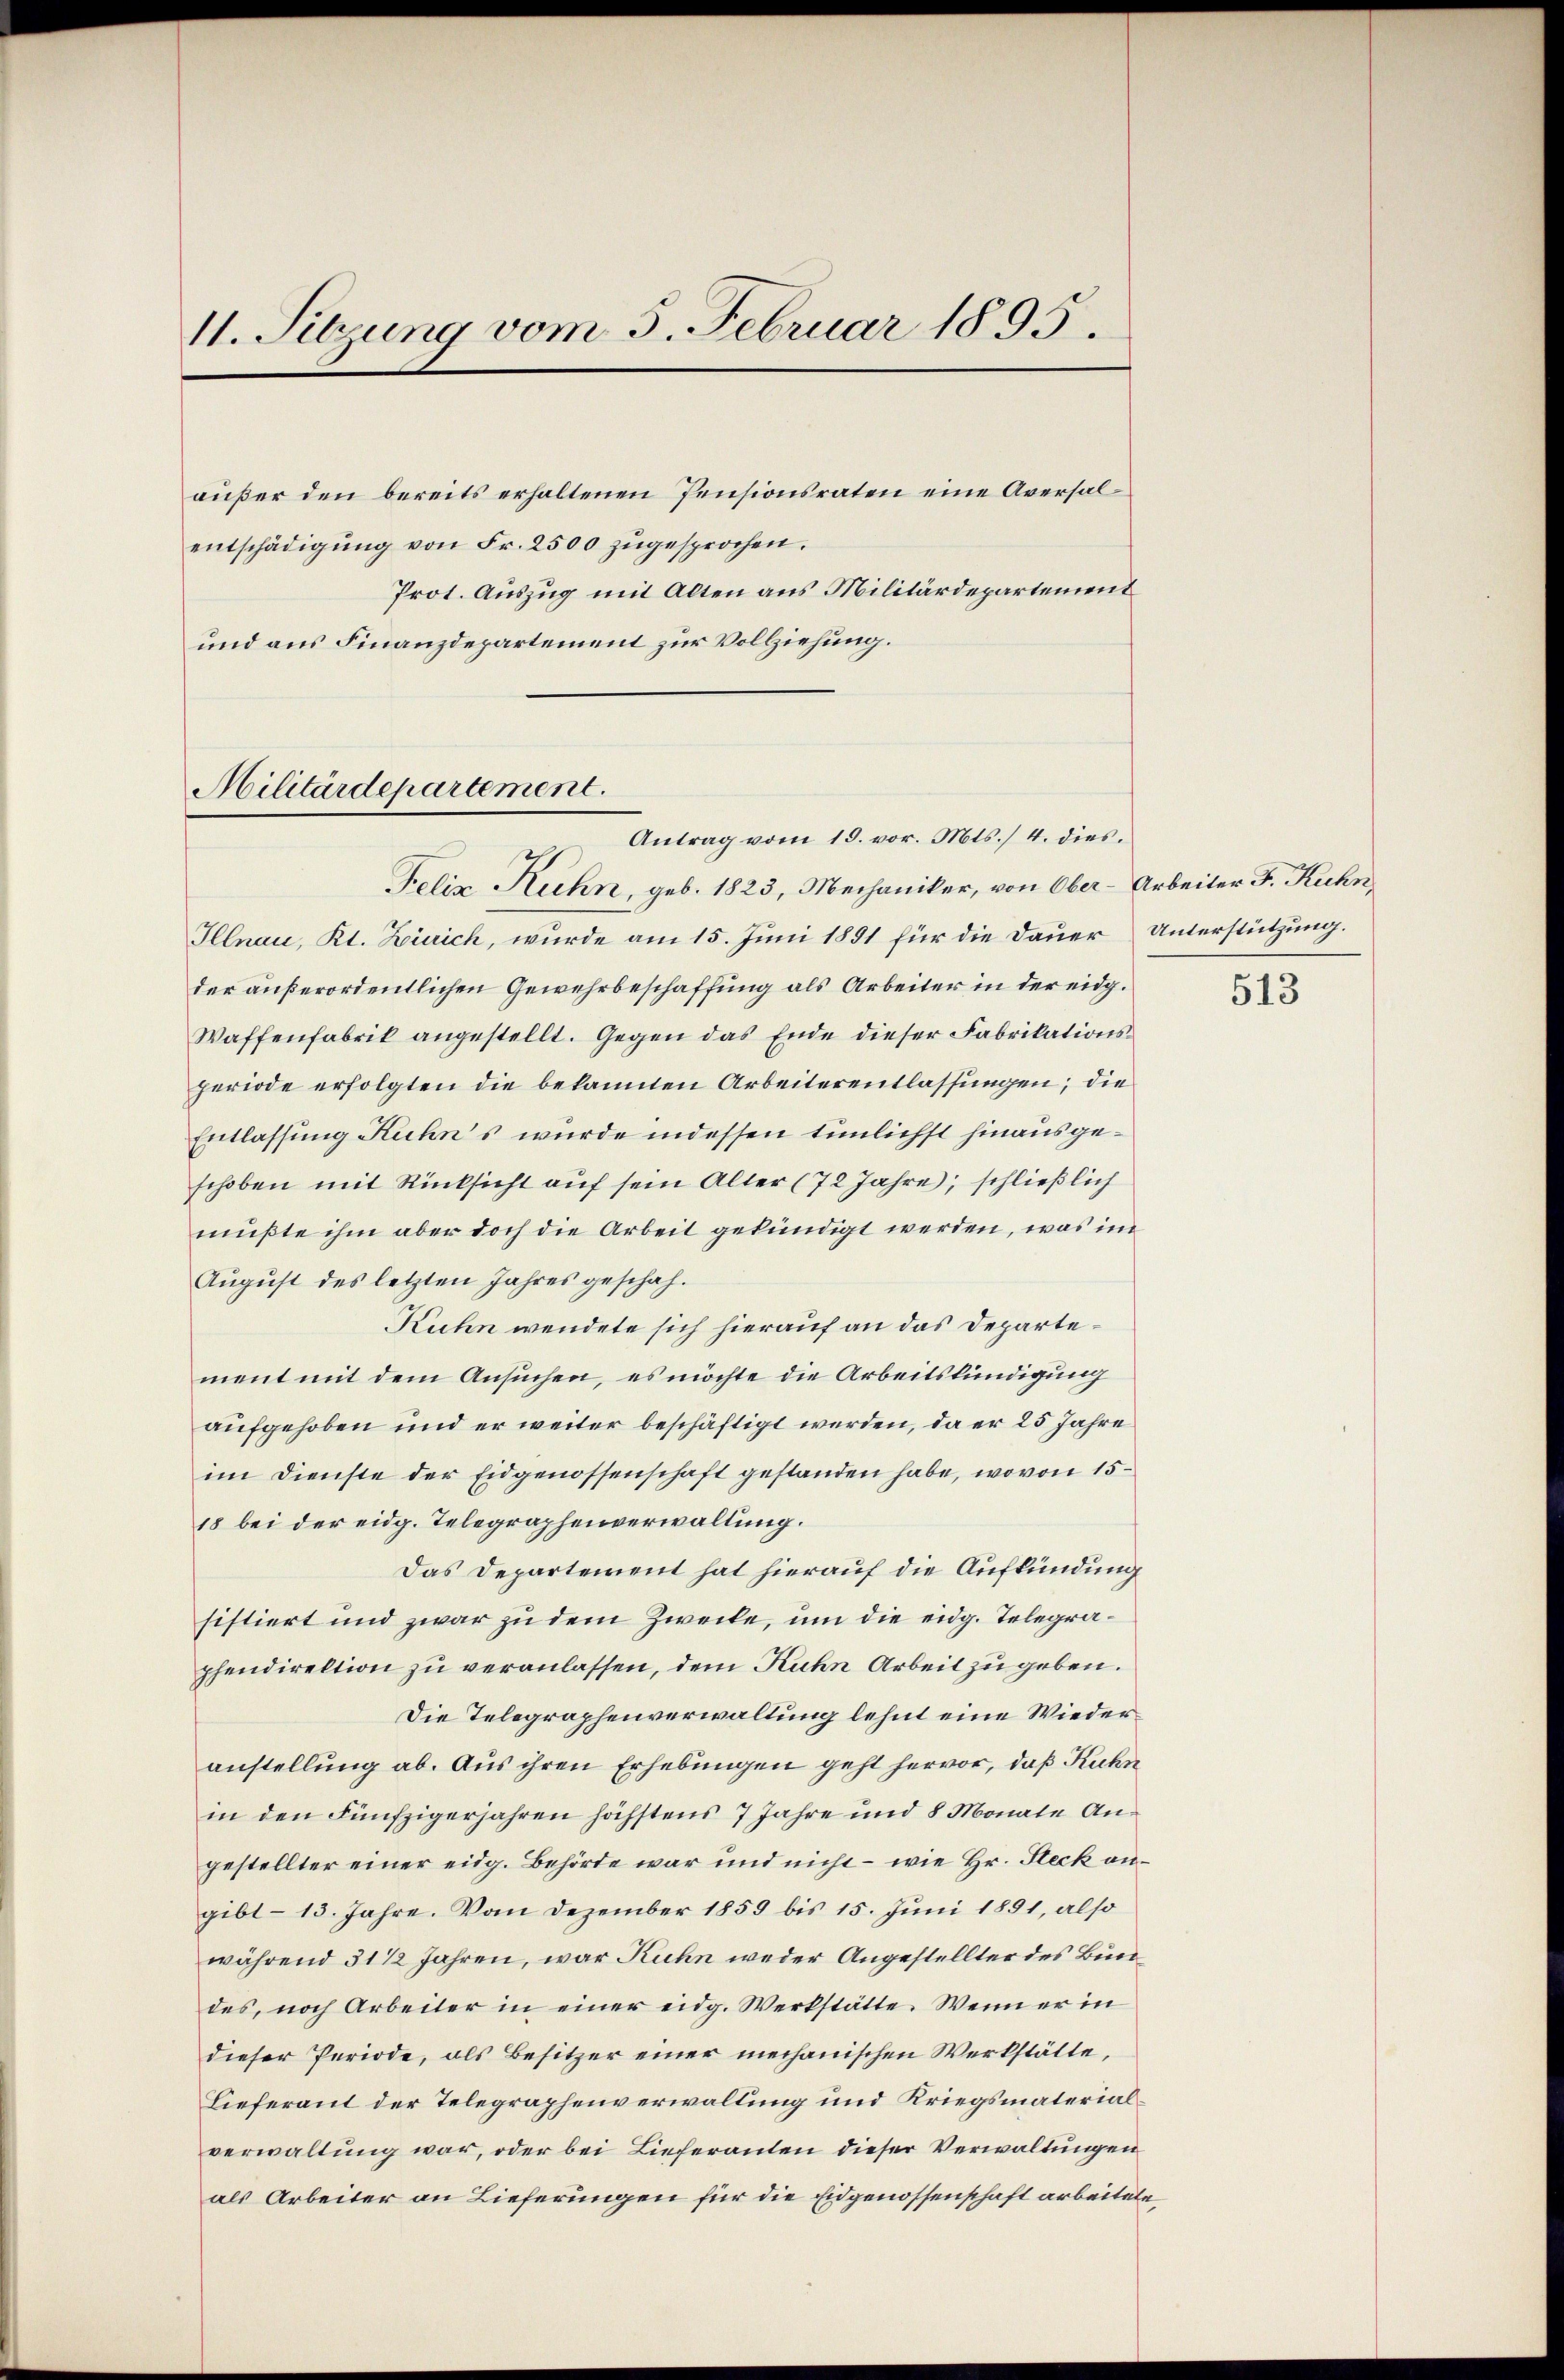
11. Sitzung vom 5. Februar 1895.

aŭβer den bereits erhaltenen Pensionsraten eine Aversal-
entschädigŭng von Fr. 2500 zugesprochen.
Prot. Auszug mit Alten aus Militärdepartement
und aus Finanzdepartement zur Vollziehung.

Militärdepartement.

Antrag vom 19. vor. Mts. 4. dies.
Felix Kuhn, geb. 1823, Mechaniker, von Ober-Arbeiter F. Kuhn
Illnau, Kt. Zürich, wurde am 15. Juni 1891 für die Dauer Unterstützung.
der außerordentlichen Gewehrbeschaffung als Arbeiter in der eidg.
Waffenfabrik angestellt. Gegen das Ende dieser Fabrikationsperiode erfolgten die bekannten Arbeiterentlassungen; die
Entlassung Kuhns wurde indessen tunlichst hinausgeschoben mit Rücksicht auf sein Alter (72 Jahre, schließlich
müßte ihm aber doch die Arbeit gekündigt werden, was im
August des letzten Jahres geschah¬
Kuhn wendete sich hierauf an das Departement mit dem Ansuchen, es möchte die Arbeitskündigung
aufgehoben und er weiter beschäftigt werden, da er 25 Jahre
im Dienste der Eidgenossenschaft gestanden habe, wovon 15
18 bei der eidg. Telegraphenverwaltung.
Das Departement hat hierauf die Aufkündung
sistiert und zwar zu dem Zwecke, um die eidg. Telegraphendirektion zu veranlassen, dem Kuhn Arbeit zu geben.
Die Telegraphenverwaltung lehnt eine Wiederanstellung ab. Aus ihren Erhebungen geht hervor, daß Kuhn
in den Fünfzigerjahren höchstens 7 Jahre und 8 Monate Angestellter einer eidg. Behörde war und nicht - wie Hr. Steck angibl- 13. Jahre. Vom Dezember 1859 bis 15. Juni 1891, also
während 31 1/2 Jahren, war Kuhn weder Angestellter des Bundes, noch Arbeiter in einer eidg. Werkstätte. Wenn er in
dieser Periode, als Besitzer einer mechanischen Werkstätte,
Lieferant der Telegraphenverwaltung und Kriegsmaterialverwaltung war, oder bei Lieferanten dieser Verwaltungen
als Arbeiter an Lieferungen für die Eidgenossenschaft arbeitete,

513